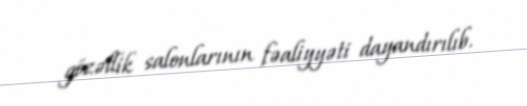
gözəllik salonlarının fəaliyyəti dayandırılıb.